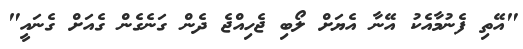
"އޭތި ފެނުމާއެކު އޭނާ އެޔަށް ލޯބި ޖެހިއްޖެ ދެން ގަނެގެން ގެއަށް ގެނައީ"